Leucocytozoon canis - Number 26
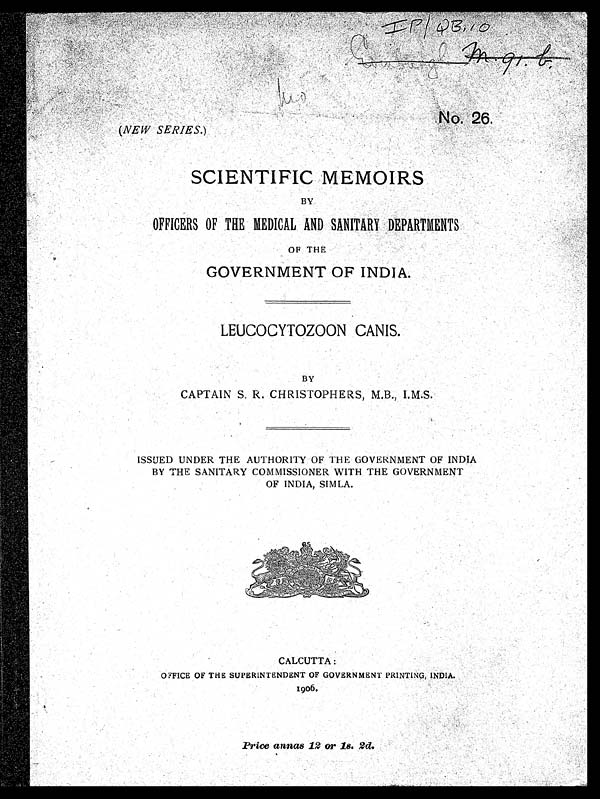
IP/QB, 10
No. 26
( NEW SERIES. )
SCIENTIFIC MEMOIRS
BY
OFFICERS OF THE MEDICAL AND SANITARY DEPARTMENTS
OF THE
GOVERNMENT OF INDIA.
LEUCOCYTOZOON CANIS.
BY
CAPTAIN S. R. CHRISTOPHERS, M.B., I.M.S.
ISSUED UNDER THE AUTHORITY OF THE GOVERNMENT OF INDIA
BY THE SANITARY COMMISSIONER WITH THE GOVERNMENT
OF INDIA, SIMLA.
CALCUTTA:
OFFICE OF THE SUPERINTENDENT OF GOVERNMENT PRINTING INDIA.
1906.
Price annas 12 or 1s. 2d.